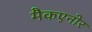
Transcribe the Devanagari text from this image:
मैकएनोर